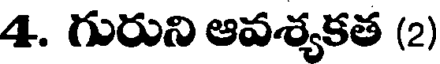
4. గురుని ఆవశ్యకత (2)